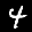
Label: 4